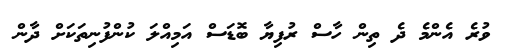
ވުރެ އެންމެ ދެ ތިން ހާސް ރުފިޔާ ބޮޑަސް އަމިއްލަ ކުންފުނިތަކަށް ދާން